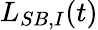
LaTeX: {{L}_{SB,I}}(t)